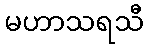
မဟာသရသီ